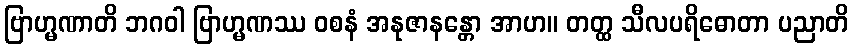
ဗြာဟ္မဏာတိ ဘဂဝါ ဗြာဟ္မဏဿ ဝစနံ အနုဇာနန္တော အာဟ။ တတ္ထ သီလပရိဓောတာ ပညာတိ